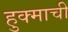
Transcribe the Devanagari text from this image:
हुक्माची